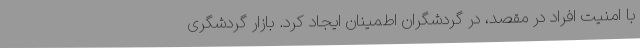
با امنیت افراد در مقصد، در گردشگران اطمینان ایجاد کرد. بازار گردشگری